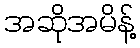
အဆိုအမိန့်